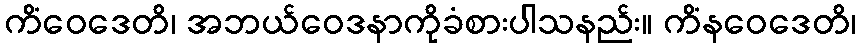
ကိံဝေဒေတိ၊ အဘယ်ဝေဒနာကိုခံစားပါသနည်း။ ကိံနဝေဒေတိ၊